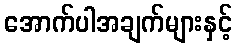
အောက်ပါအချက်များနှင့်